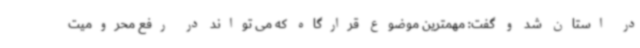
در استان شد و گفت: مهمترین موضوع قرارگاه که می تواند در رفع محرومیت